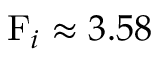
\mathrm { F } _ { i } \approx 3 . 5 8